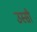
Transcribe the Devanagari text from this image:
उस्सी